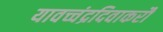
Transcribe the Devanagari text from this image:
यावच्चंद्रदिवाकरौ